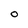
Character: O